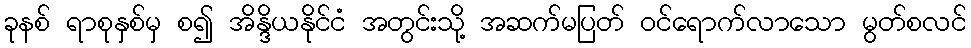
ခုနစ် ရာစုနှစ်မှ စ၍ အိန္ဒိယနိုင်ငံ အတွင်းသို့ အဆက်မပြတ် ဝင်ရောက်လာသော မွတ်စလင်